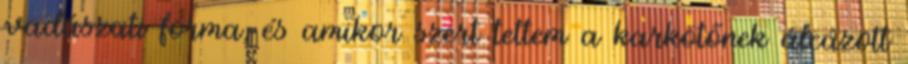
vadászati forma, és amikor szert tettem a karkötőnek álcázott